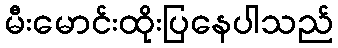
မီးမောင်းထိုးပြနေပါသည်